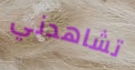
تشاهدني